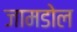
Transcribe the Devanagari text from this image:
जामडोल